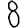
Digit: 8